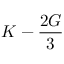
K - { \frac { 2 G } { 3 } }